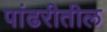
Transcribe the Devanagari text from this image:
पांढरीतील